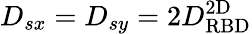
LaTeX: D_{sx}=D_{sy}=2D_{\mathrm{RBD}}^{\mathrm{2D}}